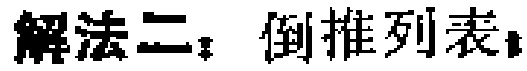
解法二：倒推列表